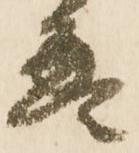
畳